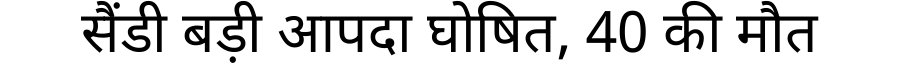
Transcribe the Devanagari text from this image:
सैंडी बड़ी आपदा घोषित, 40 की मौत